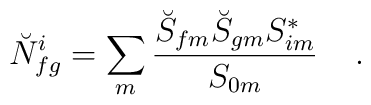
\breve{N}^{i}_{fg} = \sum_{m} {\breve{S}_{fm} \breve{S}_{gm} {S}^*_{im} \over {S}_{0m}} \;\;\;\; .